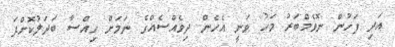
އަދި ފަހުން ނޮވެމްބަރު މަހު ވަނީ އެހެން ދިވެއްސެއްގެ ނަމަށް ހިއްސާ ބަދަލުކޮށްފަ